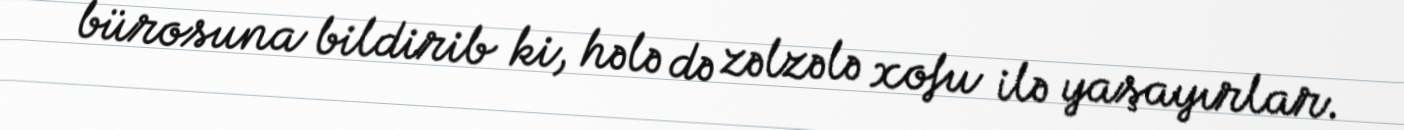
bürosuna bildirib ki, hələ də zəlzələ xofu ilə yaşayırlar.